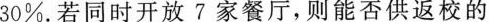
30%.若同时开放7家餐厅，则能否供返校的